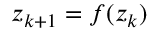
z _ { k + 1 } = f ( z _ { k } )